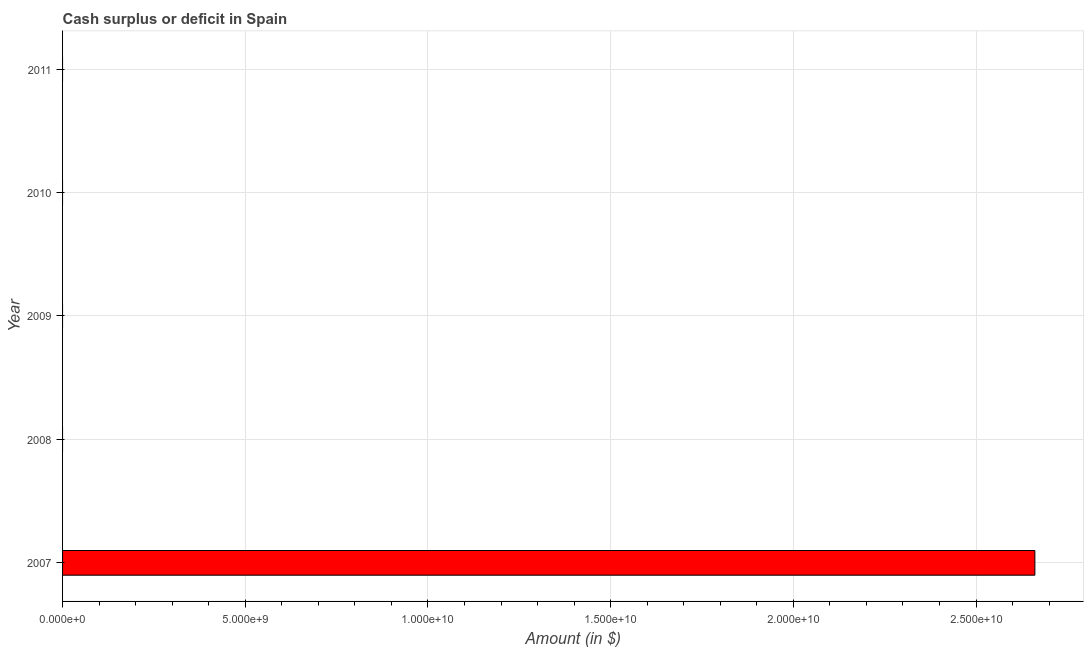
| Year | Cash surplus or deficit |
 | --- | --- |
 | 2007 | 2.66e+10 |
 | 2008 | -2.46e+10 |
 | 2009 | -8.89e+10 |
 | 2010 | -5.48e+10 |
 | 2011 | -3.74e+10 |